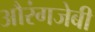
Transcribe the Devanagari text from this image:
औरंगजेबी